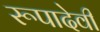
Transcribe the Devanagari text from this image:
रूपादेवी